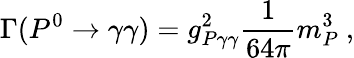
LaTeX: \Gamma(P^{0}\rightarrow\gamma\gamma)=g_{P\gamma\gamma}^{2}\frac{1}{64\pi}m_{P}^{3}\ ,